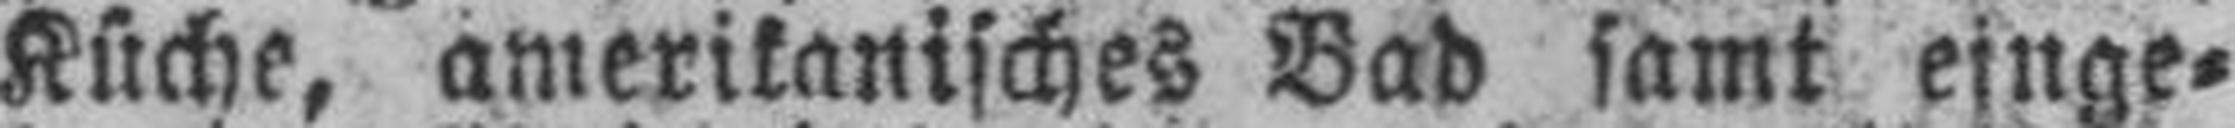
Küche, amerikanisches Bad samt einge¬